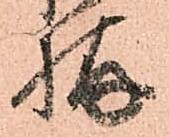
拵